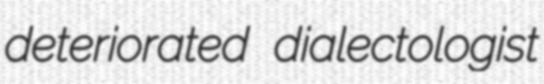
deteriorated dialectologist